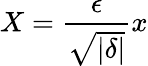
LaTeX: X=\frac{\epsilon}{\sqrt{|\delta|}}x